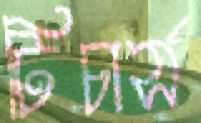
টিচার্স